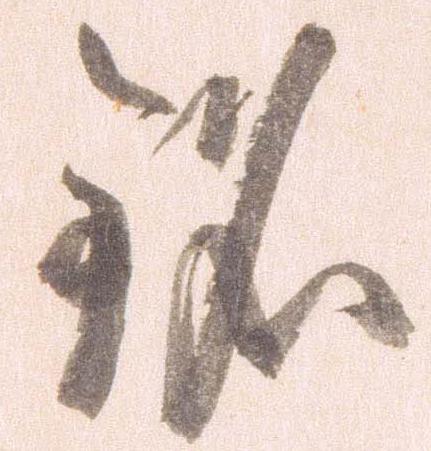
銘